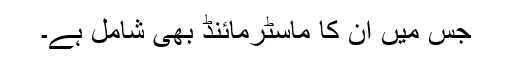
جس میں ان کا ماسٹرمائنڈ بھی شامل ہے۔